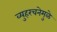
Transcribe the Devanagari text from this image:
व्युहरचनेमुळे